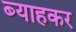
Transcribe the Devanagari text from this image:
ब्याहकर